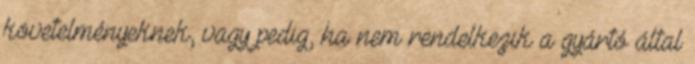
követelményeknek, vagy pedig, ha nem rendelkezik a gyártó által